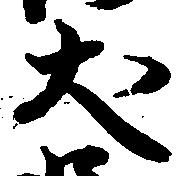
犬